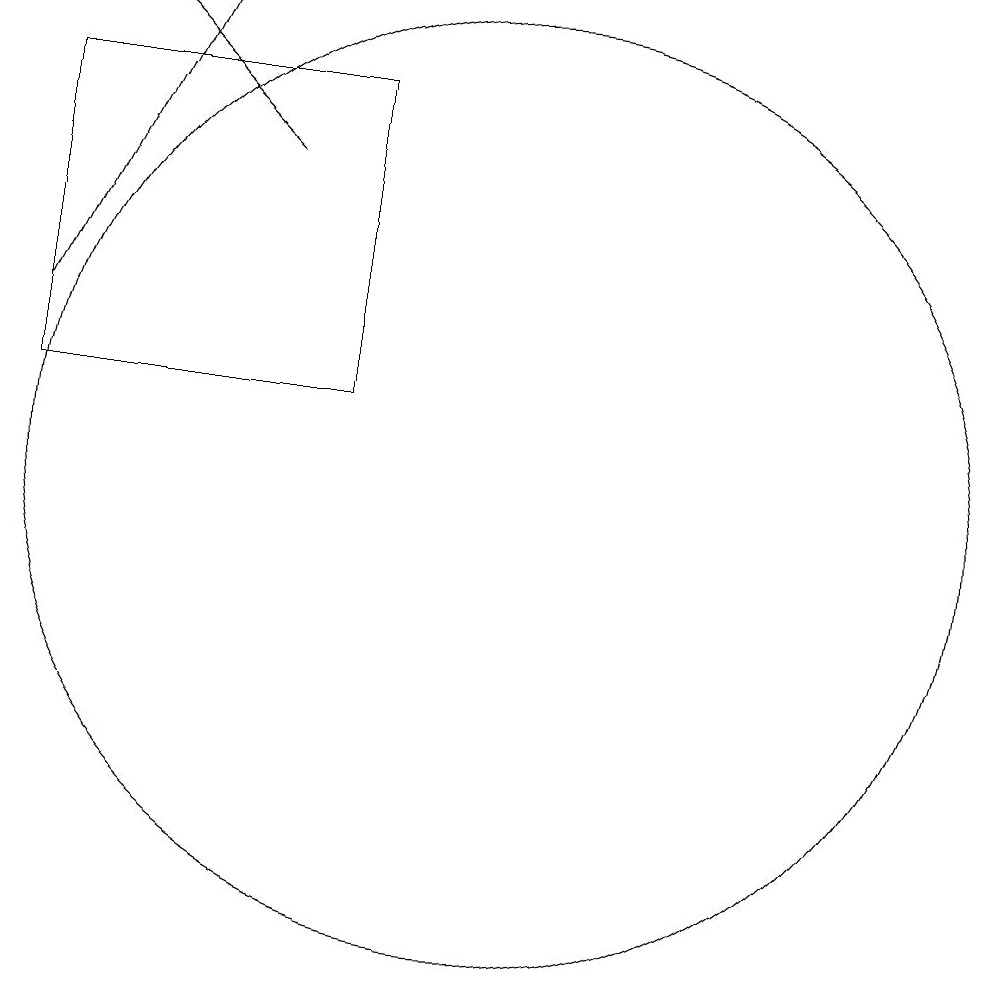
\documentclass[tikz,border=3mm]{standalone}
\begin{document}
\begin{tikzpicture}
\draw[->] (8,14) -- (6,16);
\draw (5,15) rectangle (9,11);
\draw[->] (5,12) -- (7,16);
\draw (11,10) circle (6);
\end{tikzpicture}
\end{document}